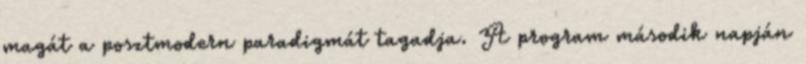
magát a posztmodern paradigmát tagadja. A program második napján